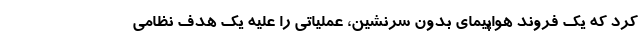
کرد که یک فروند هواپیمای بدون سرنشین، عملیاتی را علیه یک هدف نظامی